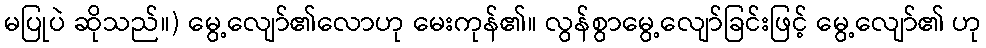
မပြုပဲ ဆိုသည်။) မွေ့လျော်၏လောဟု မေးကုန်၏။ လွန်စွာမွေ့လျော်ခြင်းဖြင့် မွေ့လျော်၏ ဟု